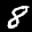
Label: 8